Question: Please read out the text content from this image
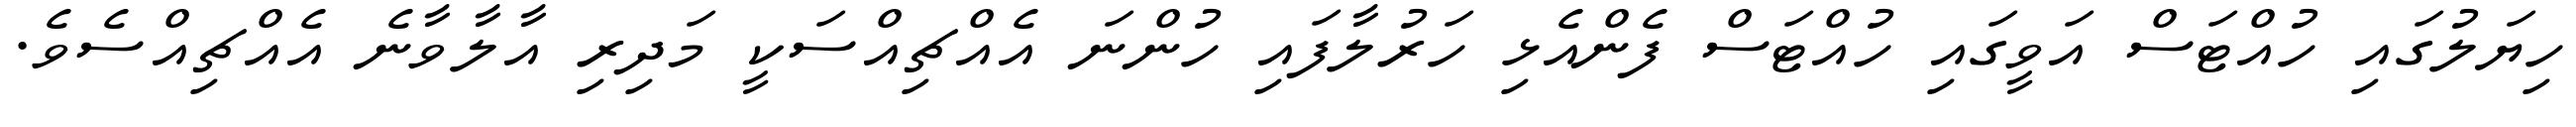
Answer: ހިޔަލުގައި ހުއްޓަސް އަވީގައި ހުއްޓަސް ފެންއެޅި ހަރުލާފައި ހުންނަ އެއްޗިއްސަކީ މަދިރި އާލާވާނެ އެއްޗިއްސެވެ.